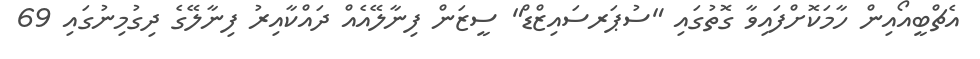
އެޗްބީއޯއިން ހާމަކޮށްފައިވާ ގޮތުގައި "ސުޕަރސައިޒްޑް" ސީޒަން ފިނާލޭއެއް ދައްކާއިރު ފިނާލޭގެ ދިގުމިނުގައި 69